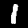
Digit: 1